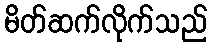
မိတ်ဆက်လိုက်သည်